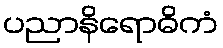
ပညာနိရောဓိကံ